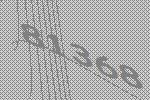
81368